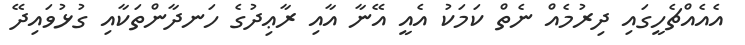
އެއެއްޗެހީގައި ދިރުމެއް ނެތް ކަމަކު އެއީ އޭނާ އާއި ރާޢިދުގެ ހަނދާންތަކާއި ގުޅުވައިދޭ